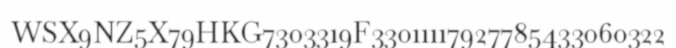
WSX9NZ5X79HKG7303319F33011117927785433060322